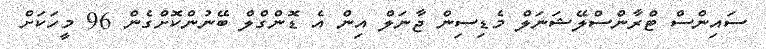
ސައިންސް ޓްރާންސްލޭޝަނަލް މެޑިސިން ޖާނަލް އިން އެ ޑޮންގްލް ބޭނުންކޮށްގެން 96 މީހަކަށް